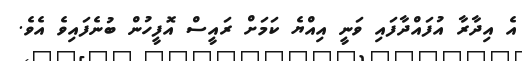
އެ އިދާރާ އުފައްދާފައި ވަނީ އިއްޔެ ކަމަށް ރައީސް އޮފީހުން ބުނެފައިވެ އެވެ.